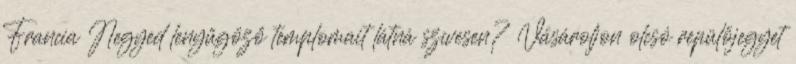
Francia Negyed lenyűgöző templomait látná szívesen? Vásároljon olcsó repülőjegyet